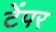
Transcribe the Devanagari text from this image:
टेंपर